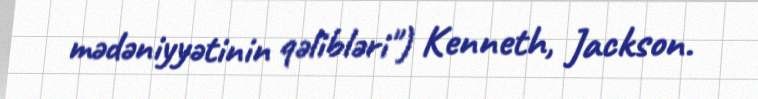
mədəniyyətinin qəlibləri") Kenneth, Jackson.